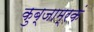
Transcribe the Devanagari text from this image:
कुब्जाम्रकं